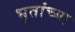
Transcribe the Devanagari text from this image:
भूतांच्या